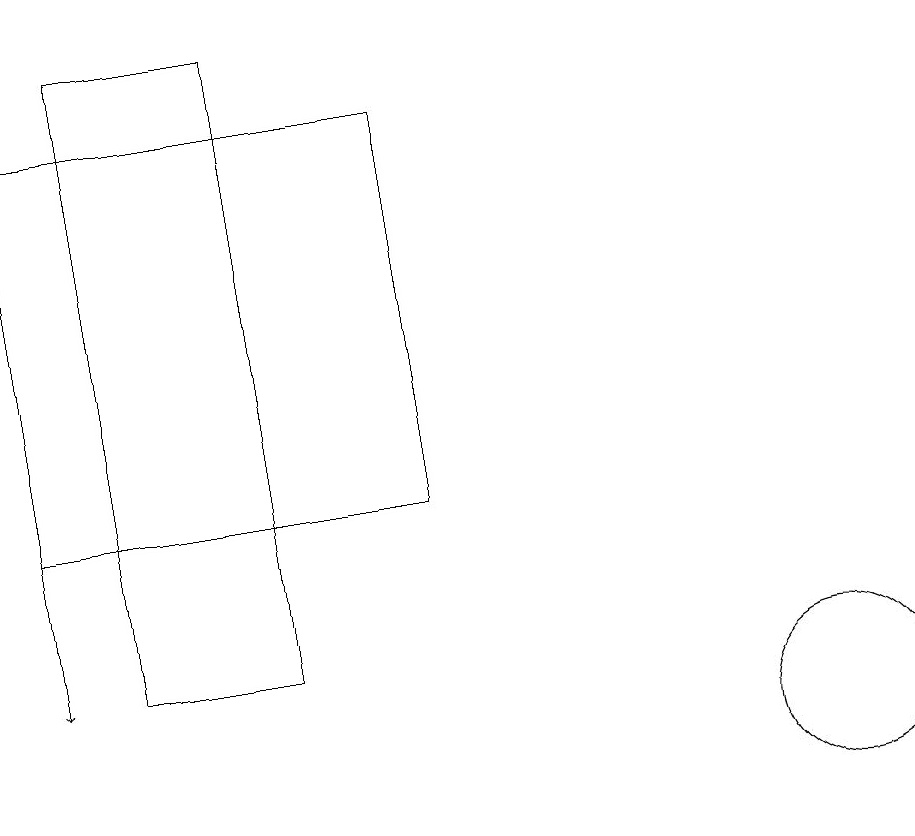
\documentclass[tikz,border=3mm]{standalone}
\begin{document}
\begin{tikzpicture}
\draw (3,11) rectangle (5,19);
\draw (12,10) circle (1);
\draw[->] (2,17) -- (2,11);
\draw (2,18) rectangle (7,13);
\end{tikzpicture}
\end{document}